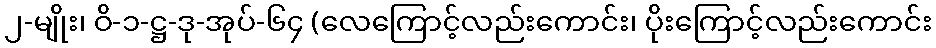
၂-မျိုး၊ ဝိ-၁-ဋ္ဌ-ဒု-အုပ်-၆၄ (လေကြောင့်လည်းကောင်း၊ ပိုးကြောင့်လည်းကောင်း